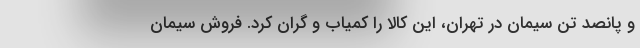
و پانصد تن سیمان در تهران، این کالا را کمیاب و گران کرد. فروش سیمان